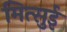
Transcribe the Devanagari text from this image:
मित्‍सुई